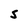
Character: 5